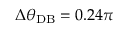
\Delta \theta _ { \mathrm { D B } } = 0 . 2 4 \pi